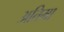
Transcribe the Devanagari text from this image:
अतिमा